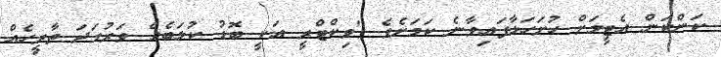
ކަންކަން އެޓީމަށް ހުށަހަޅާފައިވާނެ ކަމަށެވެ "ވިކްޓްރީ އަކީ ބޮޑު ކުލަބެއް ވަރުގަދަ ތާރީހެއް